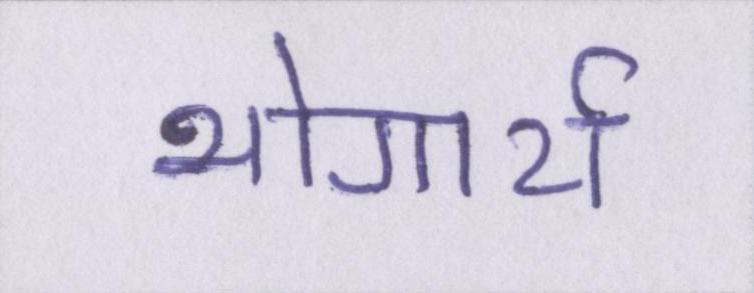
भोगार्थ